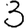
Digit: 3